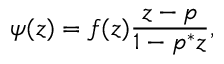
\psi ( z ) = f ( z ) { \frac { z - p } { 1 - p ^ { * } z } } ,